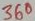
Text: 360